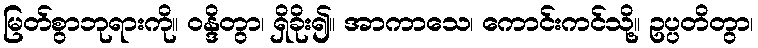
မြတ်စွာဘုရားကို။ ဝန္ဒိတွာ၊ ရှိခိုး၍။ အာကာသေ၊ ကောင်းကင်သို့။ ဥပ္ပတိတွာ၊